Lunatic asylums Madras 1877-1891 - 1877-1891
Year: 1877
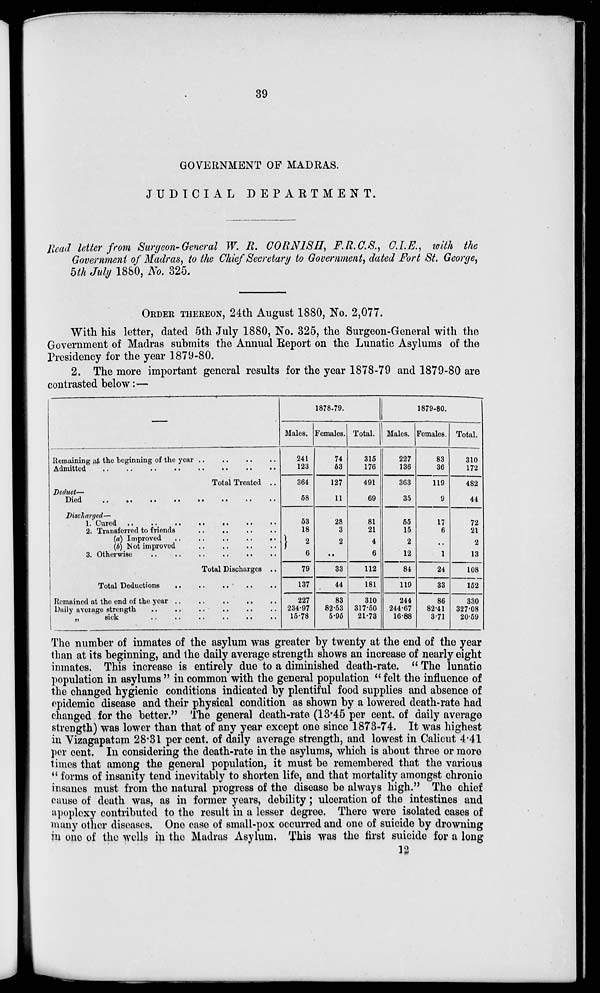
39
GOVERNMENT OF MADRAS.
JUDICIAL
DEPARTMENT.
Read letter from Surgeon-General W. R. CORNISH, F.R.C.S., C.I.E., with the
Government of Madras, to the Chief Secretary to Government, dated Fort St. George,
5th July 1880, No. 325.
ORDER THEREON, 24th August 1880, No. 2,077.
With his letter, dated 5th July 1880, No. 325, the Surgeon-General with the
Government of Madras submits the Annual Report on the Lunatic Asylums of the
Presidency for the year 1879-80.
2. The more important general results for the year 1878-79 and 1879-80 are
contrasted below:—
Remaining at the beginning of the year .. .. .. ..
Admitted
..
..
..
..
..
..
..
..
Total Treated ..
Deduct —
Died
..
..
..
..
..
..
..
..
Discharged—
1. Cured ..
..
..
..
..
..
..
2. Transferred to friends
..
..
..
..
(a) Improved .. .. .. .. ..
(b) Not improved .. .. .. ..
3. Otherwise
..
..
..
..
.. ..
Total Discharges ..
Total Deductions
..
..
..
..
..
Remained at the end of the year ..
..
..
..
..
Daily average strength
..
..
..
..
.. ..
„
sick .. .. .. .. .. ..
1878-79.
Males.
241
123
364
58
53
18
2
6
79
137
227
234.97
15.78
Females.
74
53
127
11
28
3
2
..
33
44
83
82.53
5.95
Total.
315
176
491
69
81
21
4
6
112
181
310
317.50
21.73
1879-80.
Males.
227
136
363
35
55
15
2
12
84
119
244
244.67
16.88
Females.
83
36
119
9
17
6
..
1
24
33
86
82.41
3.71
Total.
310
172
482
44
72
21
2
13
108
152
330
327.08
20.59
The number of inmates of the asylum was greater by twenty at the end of the year
than at its beginning, and the daily average strength shows an increase of nearly eight
inmates. This increase is entirely due to a diminished death-rate. "The lunatic
population in asylums" in common with the general population "felt the influence of
the changed hygienic conditions indicated by plentiful food supplies and absence of
epidemic disease and their physical condition as shown by a lowered death-rate had
changed for the better."The general death-rate (13.45 per cent, of daily average
strength) was lower than that of any year except one since 1873-74. It was highest
in Vizagapatam 28.31 per cent. of daily average strength, and lowest in Calicut 4.41
per cent. In considering the death-rate in the asylums, which is about three or more
times that among the general population, it must be remembered that the various
"forms of insanity tend inevitably to shorten life, and that mortality amongst chronic
insanes must from the natural progress of the disease be always high." The chief
cause of death was, as in former years, debility; ulceration of the intestines and
apoplexy contributed to the result in a lesser degree. There were isolated cases of
many other diseases. One case of small-pox occurred and one of suicide by drowning
in one of the wells in the Madras Asylum. This was the first suicide for a long
12